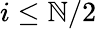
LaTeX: i\leq\mathbb{N}/2